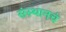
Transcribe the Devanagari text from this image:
संस्थानचं